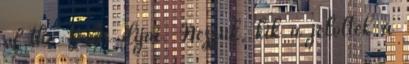
of the Year díjai. Nézzük, kik a jelöltek a